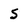
Character: 5